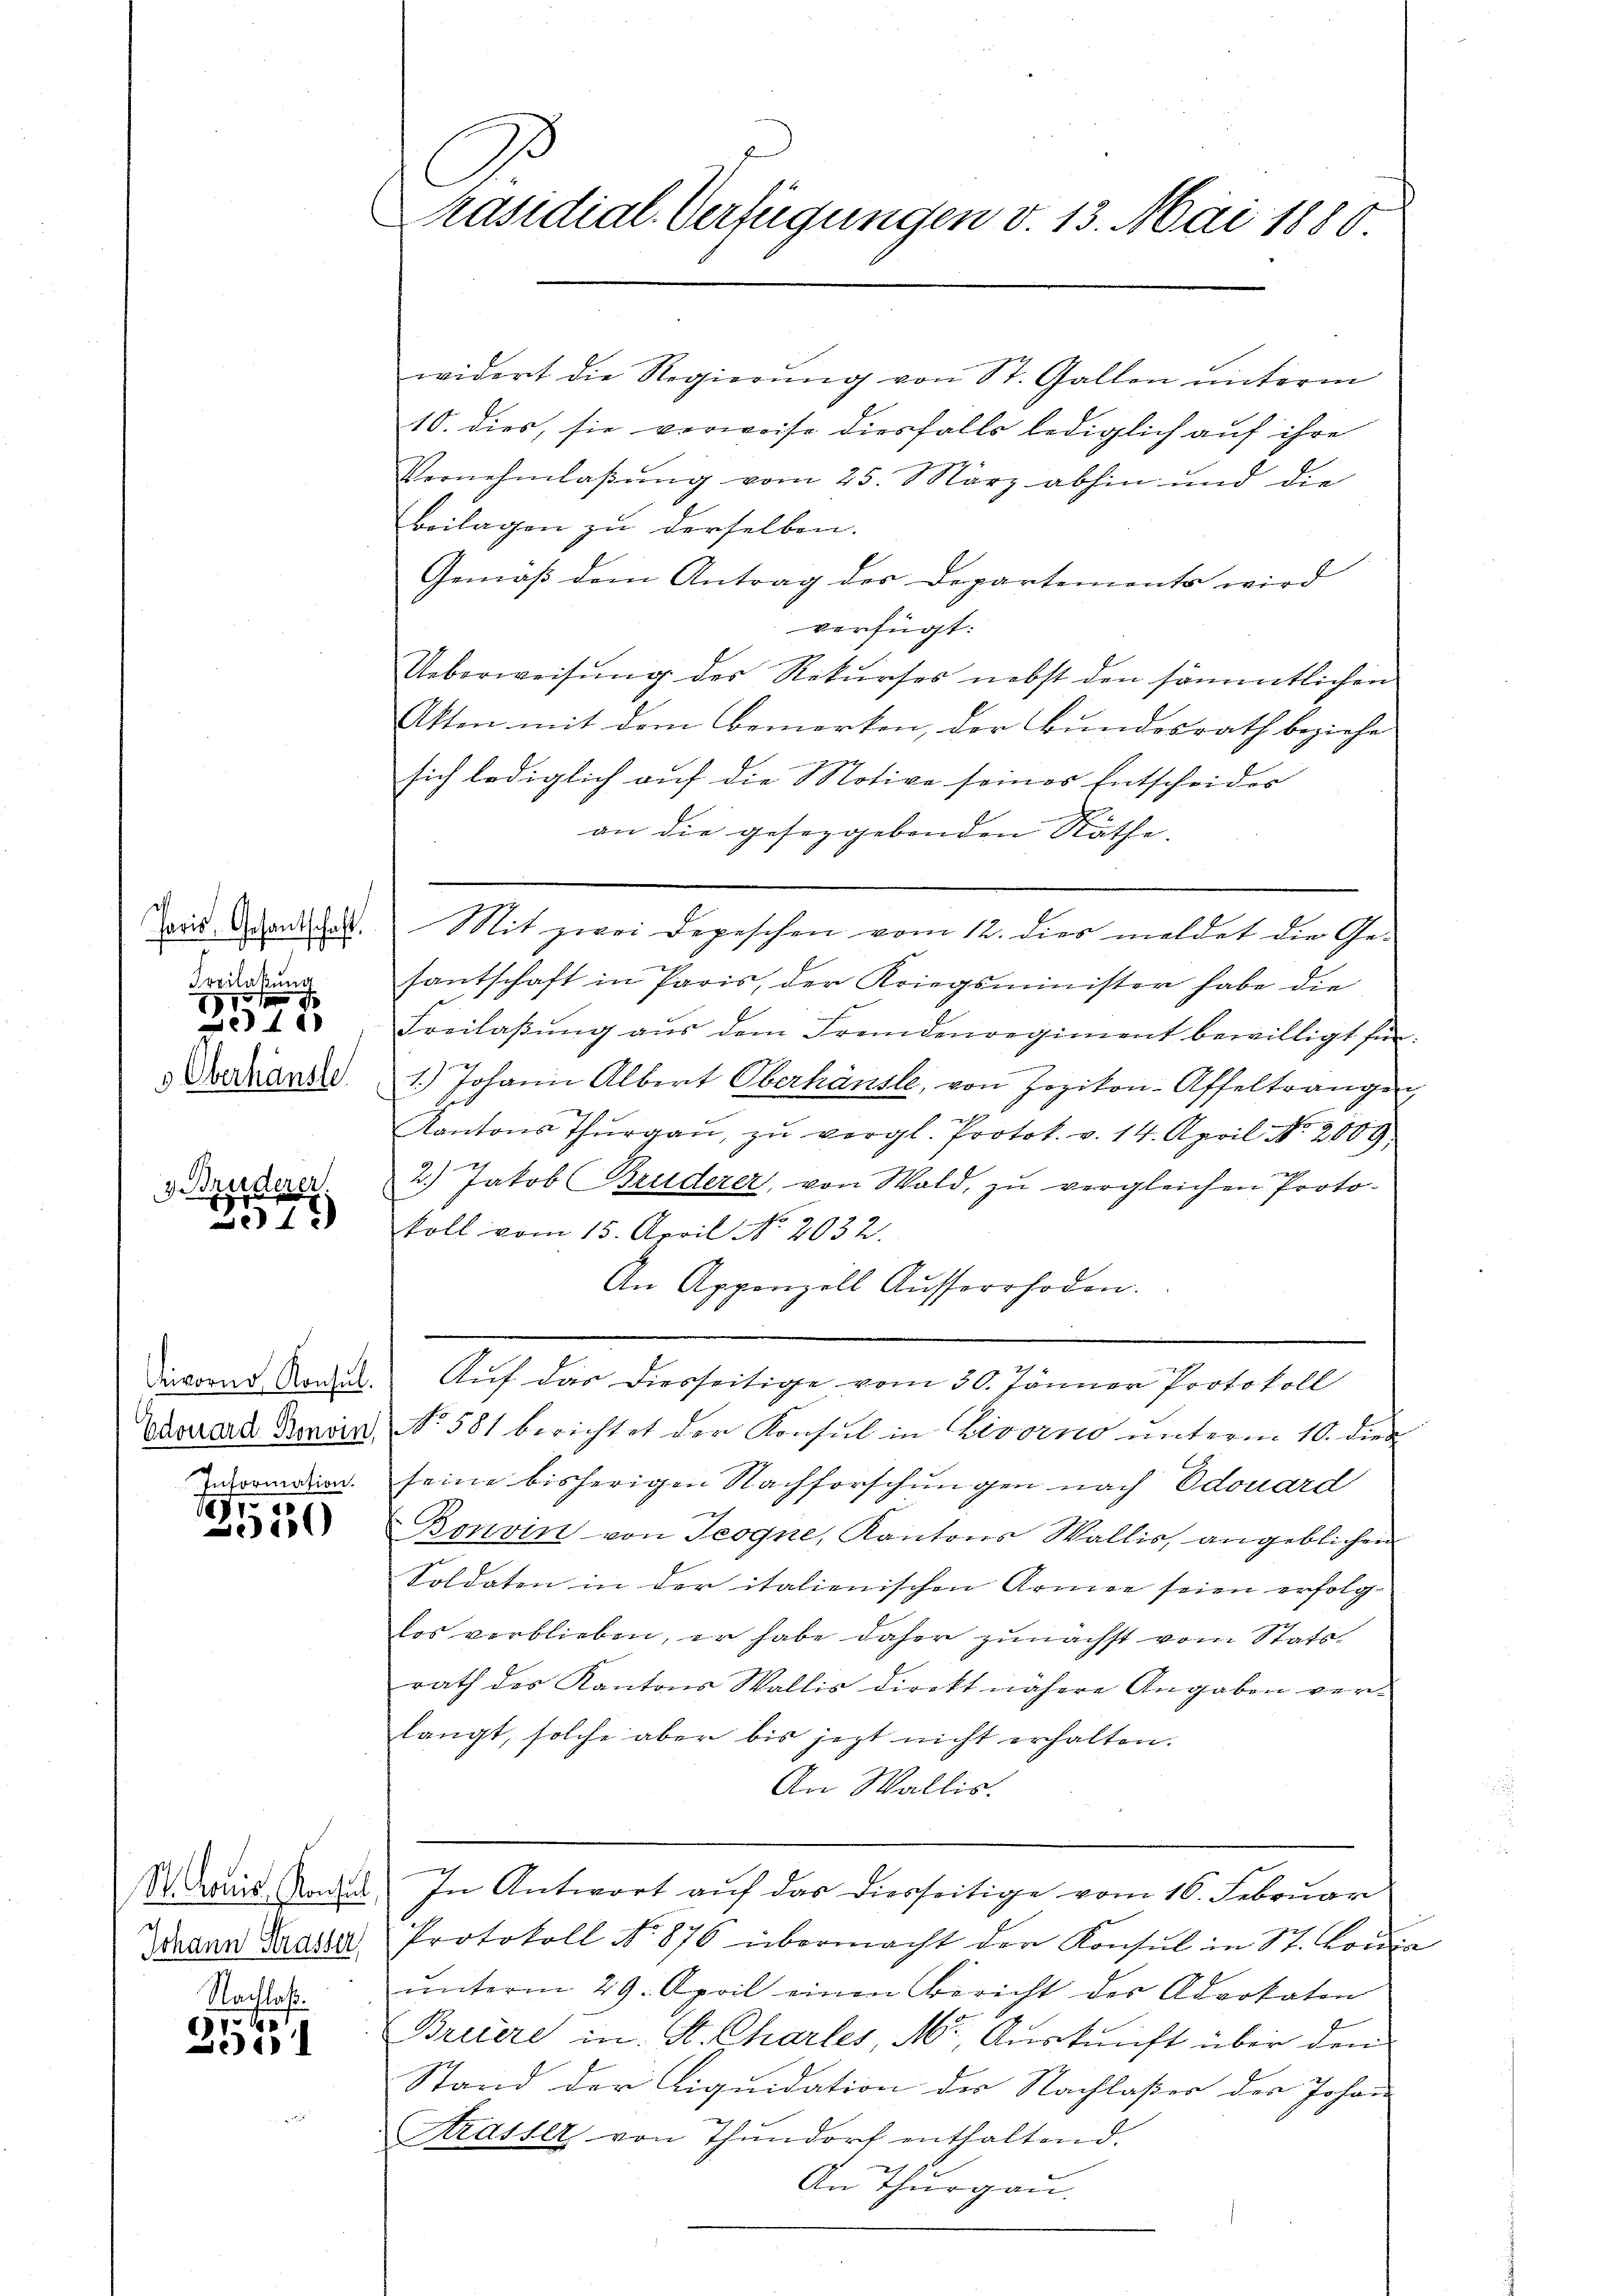
Paris, Gesantschaft.
s
Freilakung
s
1
e
 Oberhäusle

3 Bruderer
.
1x

Formation.

17000.
.11)

St. Louis Konsul
Johann Strasser
Nachlaf.

110
)

A
Präsidial-Verfügungen v. 13. Mai 1880

widert die Regierŭng von St. Gallen ŭnterm
10. dies, sie verweise diesfalls lediglich auf ihre
Vernehmlassung vom 25. März abhin und die
Beilagen zu derselben.
Gemäß dem Antrag der Departemente wird
verfügt:
Ueberweisung des Rekurses nebst den sämmtlichen
Akten mit dem Bemerken, der Bundesrath beziehe
sich lediglich auf die Motive seines Entscheider
an die gesezgebenden Räthe.
Mit zwei Depeschen vom 12. dies meldet die Gesantschaft in Paris, der Kriegsminister habe die
Breilaβŭng aŭs dem Fremdenregiment bewilligt hin.
.
1.) Johann Albert Oberhäusle, von Hozikon-Affeltrangen,
Her
Kantons Thŭrgaŭ, zŭ vergl. Protok. v. 14. April Nr. 2009
2.) Jakob Bruderer, von Wald, zu vergleichen Proto¬
9
koll vom 15. April No 4052.
An Appenzell Ausserrhoden.
e
Dieornd Rades. Auf das diesseitige vom 30. Jänner Protokoll
Charard Bonvin, No. 581 berichtet der Konsul in Livorno unterm 10. dies
seine bisherigen Nachforschungen nach Edouard
Bonvin von Teogne, Kantons Wallis, angeblichen
Soldaten in der italienischen Armee seien erfolg
los verblieben, er habe daher zunächst vom Statsrath der Kantons Wallis direkt nähere Angaben ver-
langt, solche aber bis jezt nicht erhalten.
An Wallis.
In Antwort auf das Dierseitige vom 16. Februar
Protokoll No 876 übermacht der Konsul in St. Loui
ŭnterm 29. April einen Bericht der Advokaten
Britere in St. Charles, M., Auskunft über dem
Stand der Liquidation des Nachlaßer der Johann
Strasser, von Thŭndorf enthaltend.
An Thurgau.